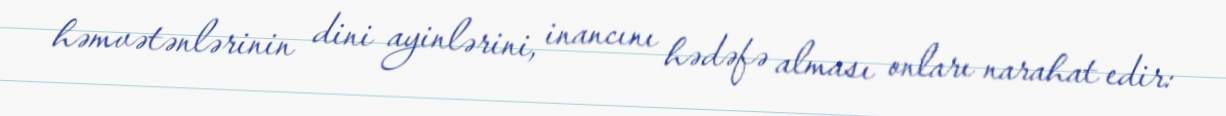
həmvətənlərinin dini ayinlərini, inancını hədəfə alması onları narahat edir: